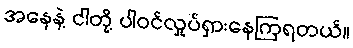
အနေနဲ့ ငါတို့ ပါဝင်လှုပ်ရှားနေကြရတယ်။